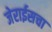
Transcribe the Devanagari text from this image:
जेराईसचा